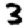
Digit: 3